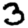
Digit: 3